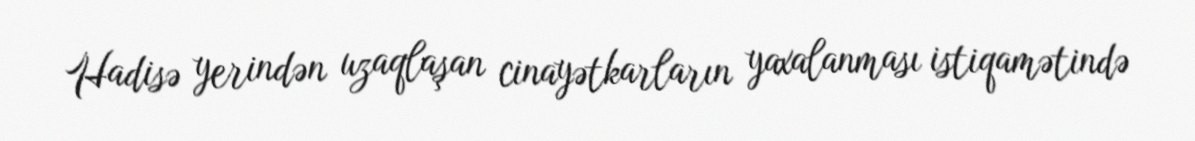
Hadisə yerindən uzaqlaşan cinayətkarların yaxalanması istiqamətində